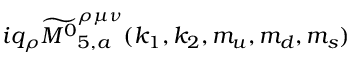
i q _ { \rho } \widetilde { { M ^ { 0 } } } _ { 5 , a } ^ { \rho \mu \nu } ( k _ { 1 } , k _ { 2 } , m _ { u } , m _ { d } , m _ { s } )